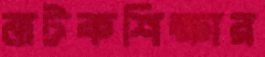
নাটকশিক্ষার